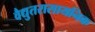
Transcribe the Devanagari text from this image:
वैद्युतरासायनिक